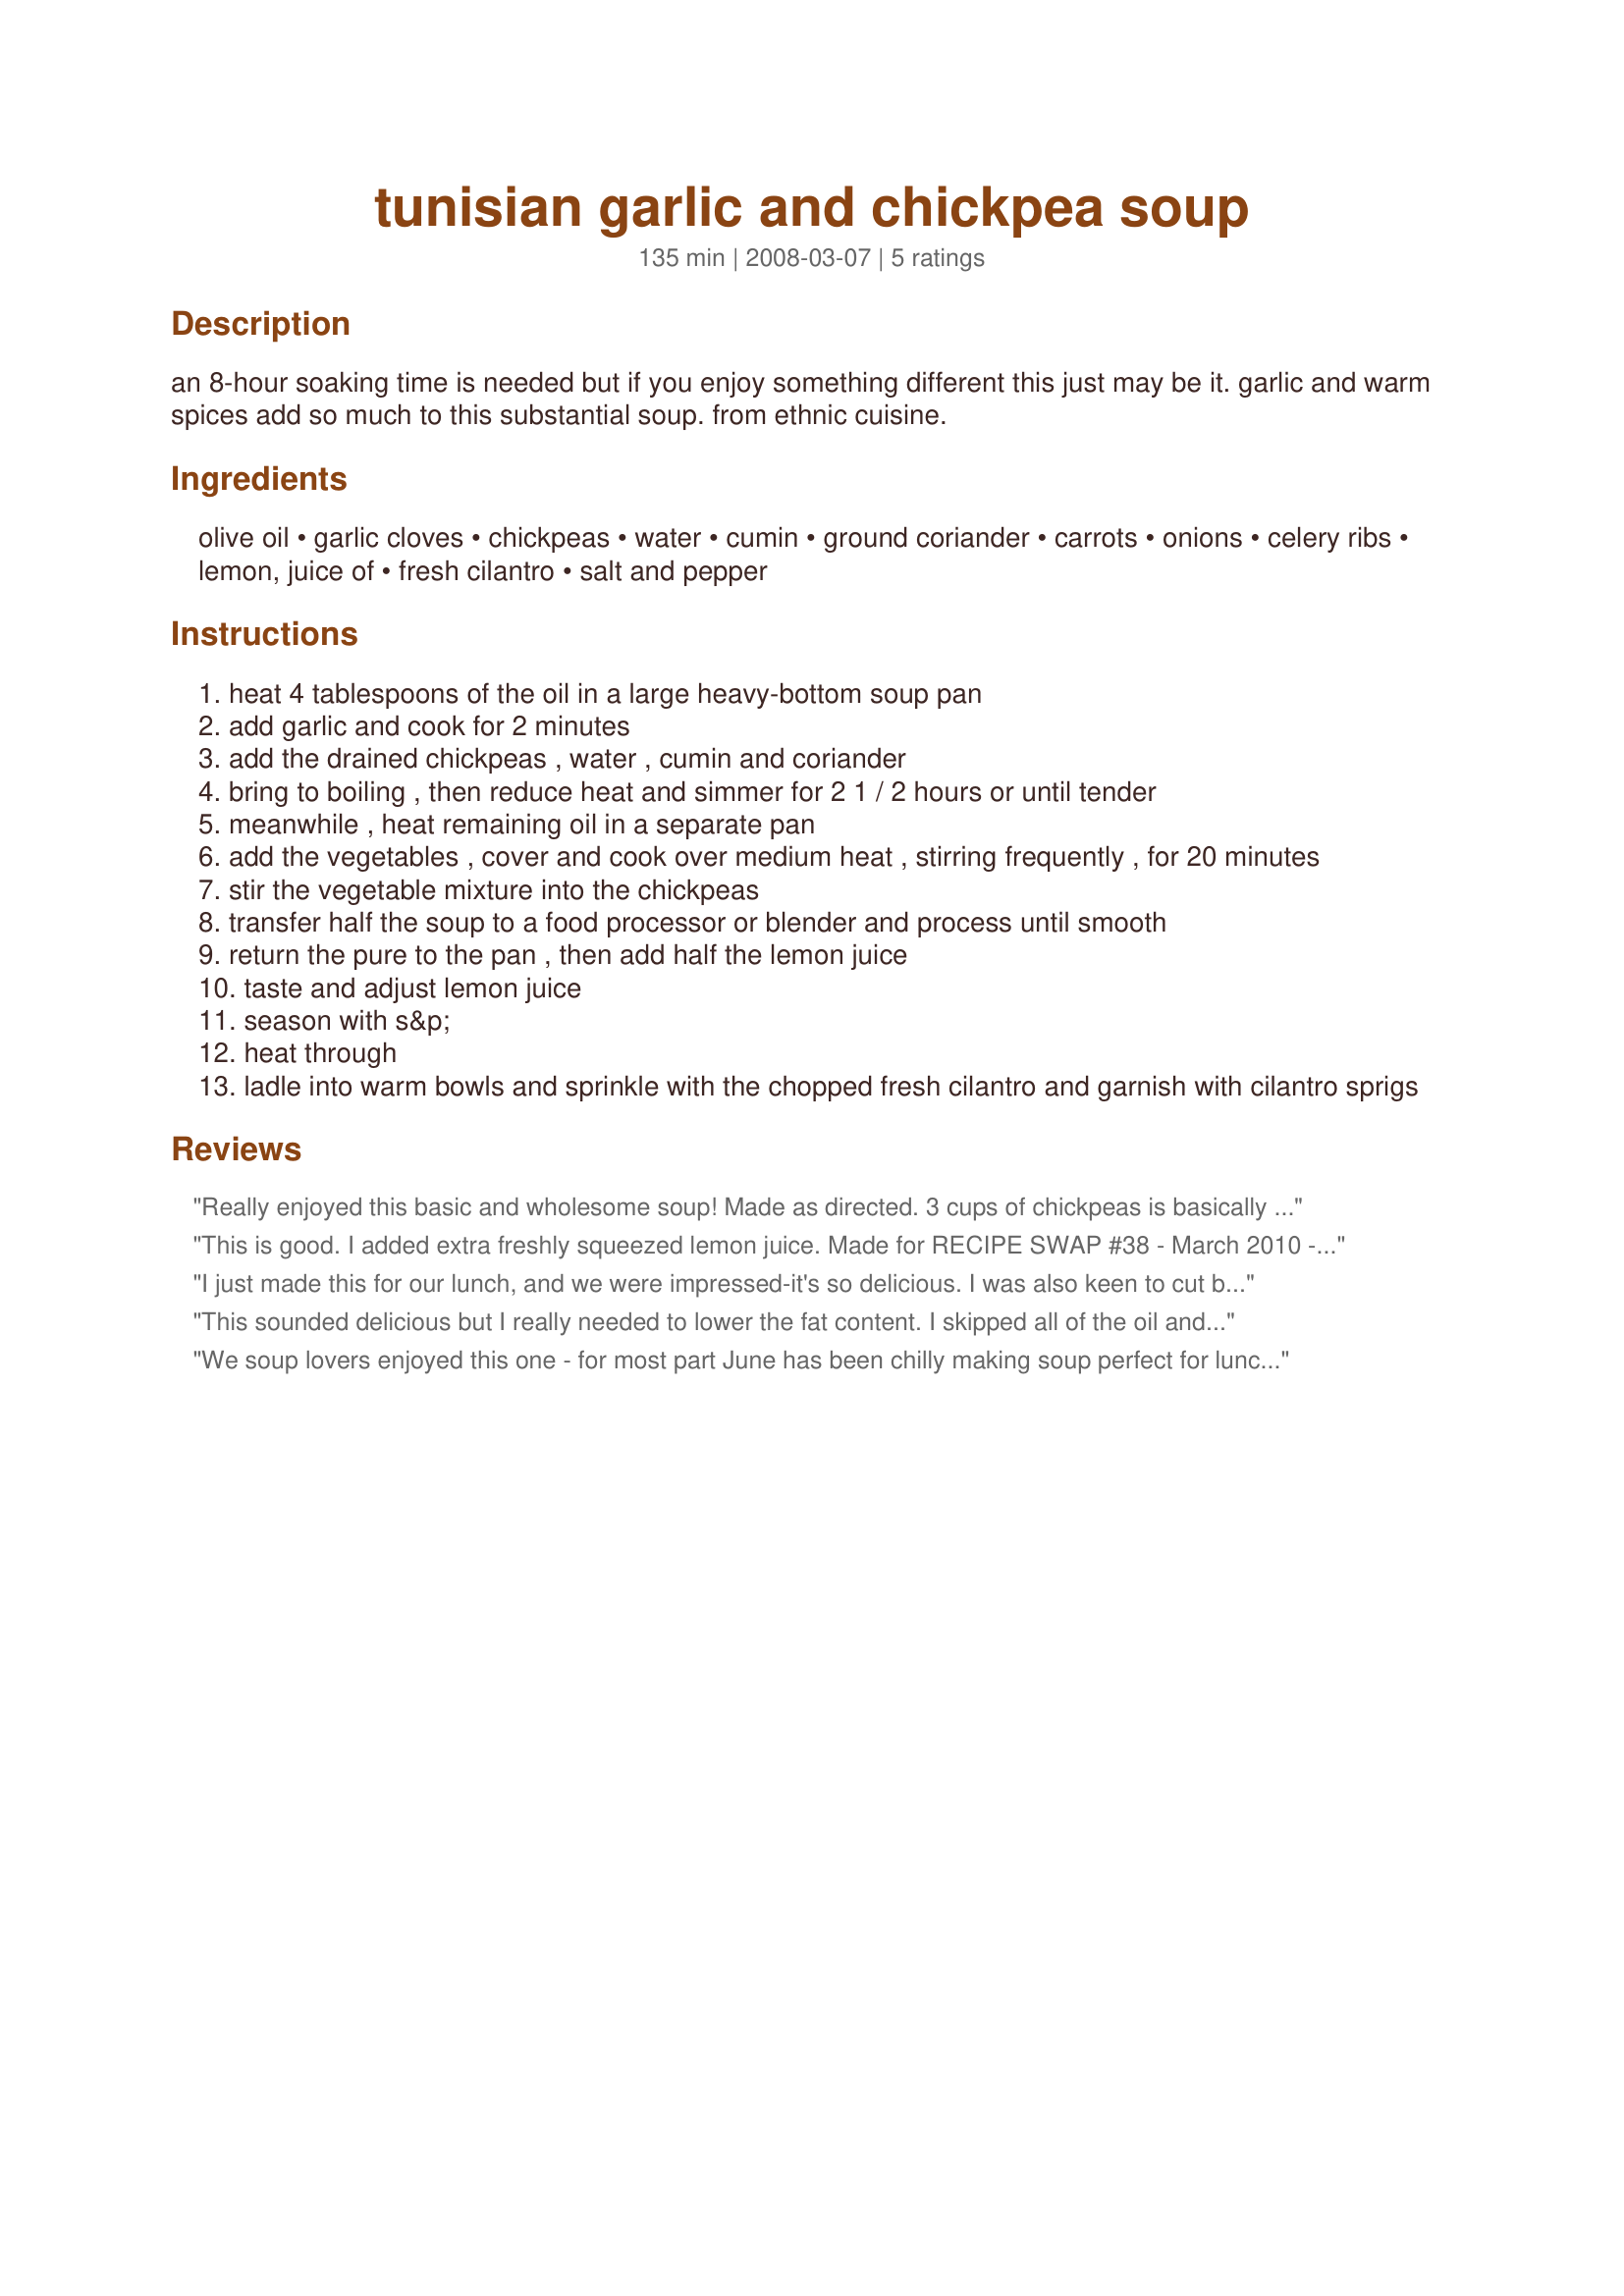
tunisian garlic and chickpea soup
Preparation time: 135 minutes

an 8-hour soaking time is needed but if you enjoy something different this just may be it. garlic and warm spices add so much to this substantial soup. from ethnic cuisine.

Ingredients:
olive oil, garlic cloves, chickpeas, water, cumin, ground coriander, carrots, onions, celery ribs, lemon, juice of, fresh cilantro, salt and pepper

Steps:
heat 4 tablespoons of the oil in a large heavy-bottom soup pan
add garlic and cook for 2 minutes
add the drained chickpeas , water , cumin and coriander
bring to boiling , then reduce heat and simmer for 2 1 / 2 hours or until tender
meanwhile , heat remaining oil in a separate pan
add the vegetables , cover and cook over medium heat , stirring frequently , for 20 minutes
stir the vegetable mixture into the chickpeas
transfer half the soup to a food processor or blender and process until smooth
return the pure to the pan , then add half the lemon juice
taste and adjust lemon juice
season with s&p
heat through
ladle into warm bowls and sprinkle with the chopped fresh cilantro and garnish with cilantro sprigs

Reviews:
Really enjoyed this basic and wholesome soup! Made as directed. 3 cups of chickpeas is basically a 16 ounce package. Thanks, Julie B's Hive! Made for <b>PRMR.</b>
This is good. I added extra freshly squeezed lemon juice. Made for RECIPE SWAP #38 - March 2010 - Group 2 - Iced Vo Vo's.
I just made this for our lunch, and we were impressed-it's so delicious. I was also keen to cut back on the fat, but think it's an important part of the final taste, so halved it in both steps. I added the juice of half a lemon, then half of the next half which was just right for us. Next time I make this, I'd be inclined to add a couple of teaspoons of harissa to it for a bit of bite, but it is really, really good as is too. I used half water, half home made stock for a richer flavour.
This sounded delicious but I really needed to lower the fat content. I skipped all of the oil and the sautÃ©ing by just adding the veggies to the soup to cook. This soup provides a wonderful aroma while cooking and the soup lives up to it's promise. The lemon gives it a lively edge but start with a small amount and add if wanted just as the recipe suggests. A little goes a long way in this. I didn't have any fresh cilantro so it had go go without the garnish *sigh*. Made for Photo Tag.
We soup lovers enjoyed this one - for most part June has been chilly making soup perfect for lunch - or supper. Twelve garlic gloves seem a lot but made for great garlicy soup -giving the chickpeas flavor. Other then using only one tablespoon of cilantro using parsley for the rest made as posted for a great tasting soup we all enjoyed. Loved the combination of the seasonings in this soup.
